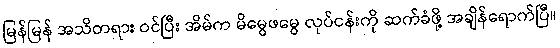
မြန်မြန် အသိတရား ဝင်ပြီး အိမ်က မိမွေဖမွေ လုပ်ငန်းကို ဆက်ခံဖို့ အချိန်ရောက်ပြီ။